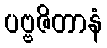
ပဗ္ဗဇိတာနံ